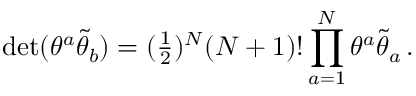
\operatorname * { d e t } ( \theta ^ { a } \tilde { \theta } _ { b } ) = ( \textstyle { \frac { 1 } { 2 } } ) ^ { { \cal N } } ( { \cal N } + 1 ) ! \, \displaystyle { \prod _ { a = 1 } ^ { { \cal N } } \theta ^ { a } \tilde { \theta } _ { a } } \, .